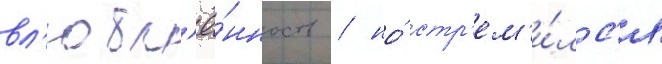
вл'юбл'ё́нность / но́ стр'ем'и́лс'я